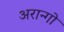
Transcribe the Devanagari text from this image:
अरान्गो